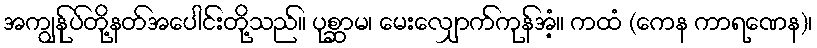
အကျွန်ုပ်တို့နတ်အပေါင်းတို့သည်။ ပုစ္ဆာမ၊ မေးလျှောက်ကုန်အံ့။ ကထံ (ကေန ကာရဏေန)၊